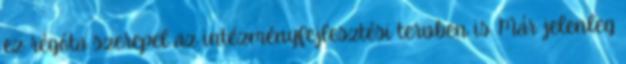
ez régóta szerepel az intézményfejlesztési tervben is. Már jelenleg